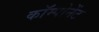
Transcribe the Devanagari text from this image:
काॅम्पोनेंट